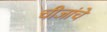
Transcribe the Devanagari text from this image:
चीजांचे